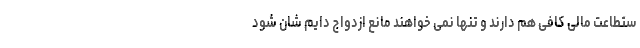
ستطاعت مالی کافی هم دارند و تنها نمی خواهند مانع ازدواج دایم شان شود